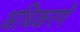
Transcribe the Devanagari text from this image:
अधिकरणें